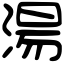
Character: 湯